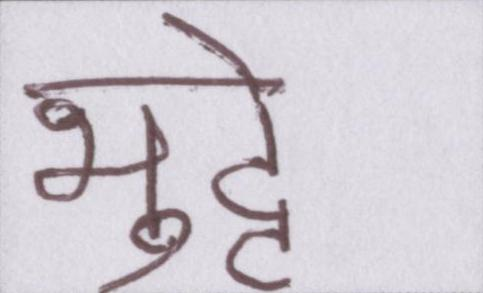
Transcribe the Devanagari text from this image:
भुट्टे